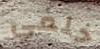
خلفي